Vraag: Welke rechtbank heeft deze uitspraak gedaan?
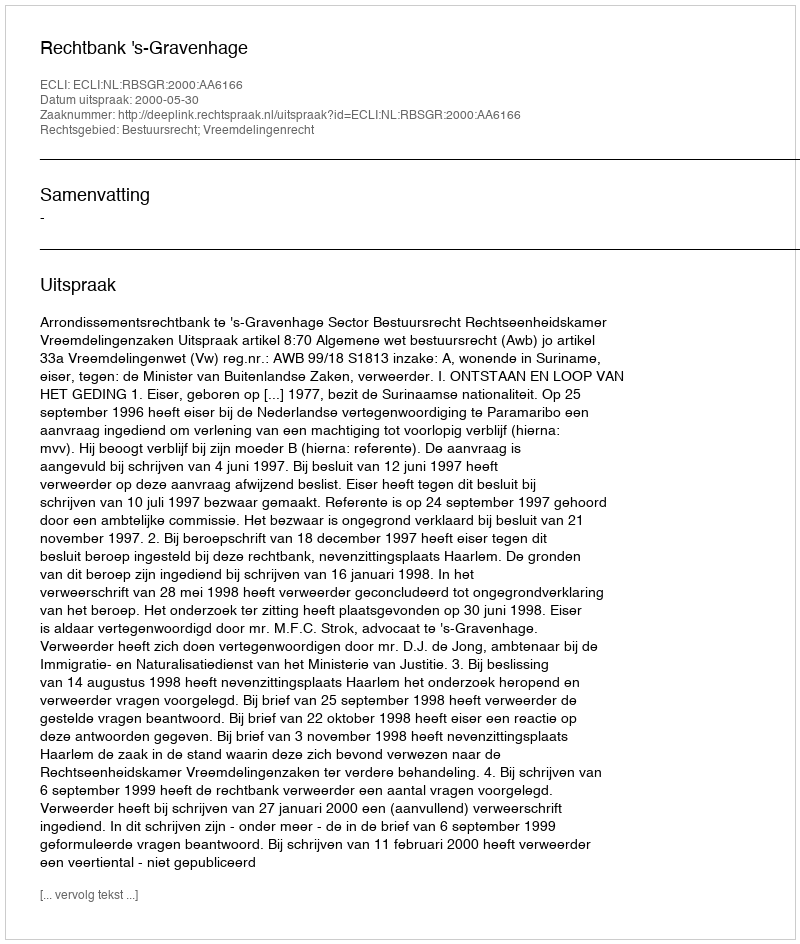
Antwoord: Rechtbank 's-Gravenhage